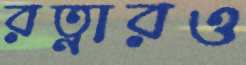
রত্নারও